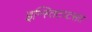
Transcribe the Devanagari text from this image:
इन्स्तिटय्टसत